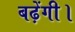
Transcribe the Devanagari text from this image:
बढ़ेंगी।